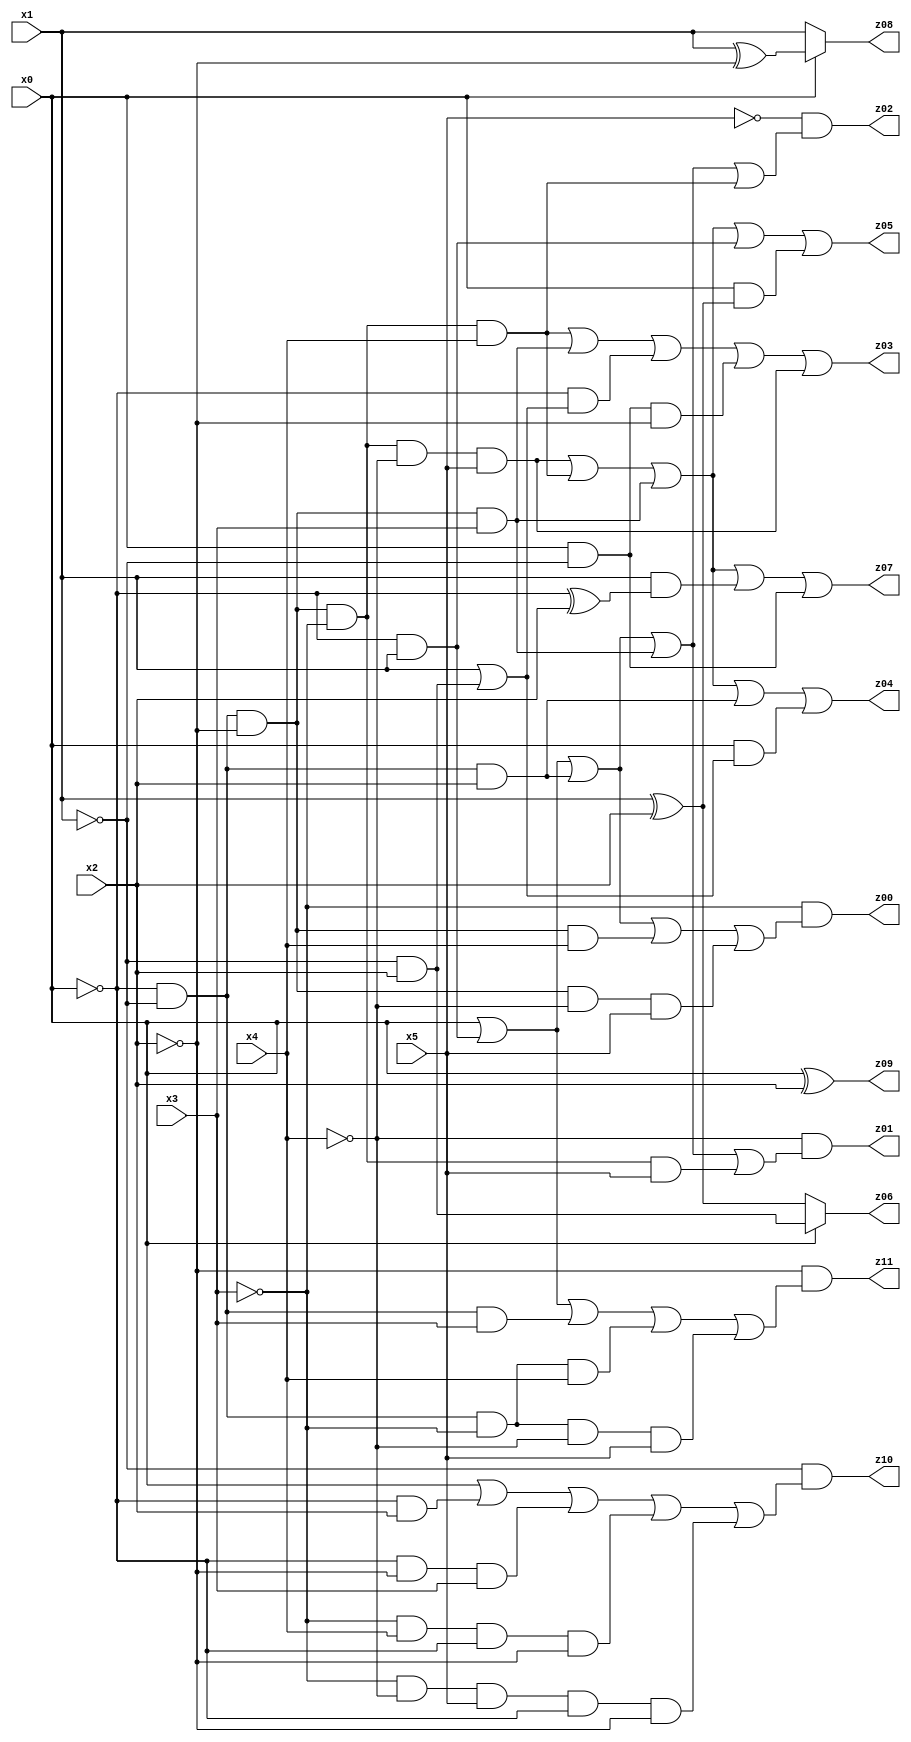
// Benchmark "X_15" written by ABC on Fri May 26 04:02:11 2023

module X_15 ( 
    x0, x1, x2, x3, x4, x5,
    z00, z01, z02, z03, z04, z05, z06, z07, z08, z09, z10, z11  );
  input  x0, x1, x2, x3, x4, x5;
  output z00, z01, z02, z03, z04, z05, z06, z07, z08, z09, z10, z11;
  assign z00 = ~x3 & (x0 | (~x0 & x1) | (~x0 & ~x1 & x2) | (~x0 & ~x1 & ~x2 & x4) | (~x0 & ~x1 & ~x2 & ~x4 & x5));
  assign z01 = ~x4 & (x0 | (~x0 & x1) | (~x0 & ~x1 & x2) | (~x0 & ~x1 & ~x2 & x3) | (~x0 & ~x1 & ~x2 & ~x3 & x5));
  assign z02 = ~x5 & (x0 | (~x0 & x1) | (~x0 & ~x1 & x2) | (~x0 & ~x1 & ~x2 & x3) | (~x0 & ~x1 & ~x2 & ~x3 & x4));
  assign z03 = (~x0 & ~x1 & ~x2 & ~x3 & x4) | (~x0 & ~x1 & ~x2 & x3) | (~x0 & (x1 | (~x1 & x2))) | (x0 & ~x1 & ~x2) | (~x0 & ~x1 & ~x2 & ~x3 & ~x4 & x5);
  assign z04 = (~x0 & ~x1 & ~x2 & ~x3 & ~x4 & x5) | (~x0 & ~x1 & ~x2 & ~x3 & x4) | (~x0 & ~x1 & ~x2 & x3) | (~x0 & ~x1 & x2) | (x0 & (x1 | (~x1 & x2)));
  assign z05 = (~x0 & ~x1 & ~x2 & ~x3 & ~x4 & x5) | (~x0 & ~x1 & ~x2 & ~x3 & x4) | (~x0 & ~x1 & ~x2 & x3) | (~x0 & x1) | (x0 & (x1 ^ x2));
  assign z06 = x0 ? (~x1 & x2) : (x1 ^ x2);
  assign z07 = (~x0 & ~x1 & ~x2 & ~x3 & ~x4 & x5) | (~x0 & ~x1 & ~x2 & ~x3 & x4) | (~x0 & ~x1 & ~x2 & x3) | (x1 & (~x0 ^ x2)) | (x0 & ~x1);
  assign z08 = x0 ? (x1 ^ ~x2) : x1;
  assign z09 = x0 ^ x2;
  assign z10 = ~x1 & (x0 | (~x0 & x2) | (~x0 & ~x2 & x3) | (~x3 & x4 & ~x0 & ~x2) | (~x3 & ~x4 & x5 & ~x0 & ~x2));
  assign z11 = ~x2 & (x0 | (~x0 & x1) | (~x0 & ~x1 & x3) | (~x0 & ~x1 & ~x3 & x4) | (~x0 & ~x1 & ~x3 & ~x4 & x5));
endmodule